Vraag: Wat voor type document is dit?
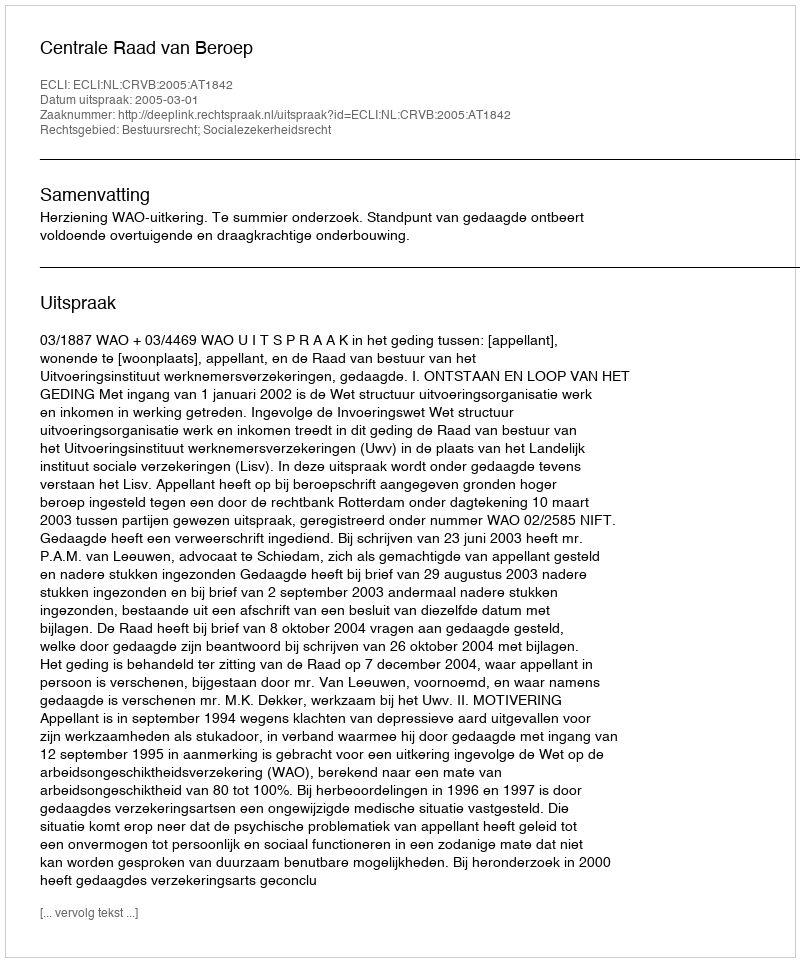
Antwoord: Uitspraak